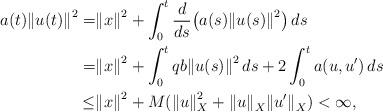
LaTeX: \begin{align*} a(t){\Vert u(t)\Vert}^2 =&{\Vert x \Vert}^2 + \int_0^t\frac{d}{ds}\big( a(s){\Vert u(s)\Vert}^2\big)\, ds\\ =&{\Vert x \Vert}^2 + \int_0^t qb{\Vert u(s)\Vert}^2\, ds + 2\int_0^ta(u,u^{\prime})\, ds \\ \le&{\Vert x \Vert}^2 + M({\Vert u \Vert}_X^2 + {\Vert u \Vert}_X{\Vert u^{\prime} \Vert}_X) < \infty,\end{align*}